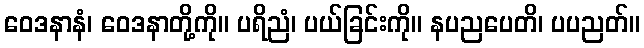
ဝေဒနာနံ၊ ဝေဒနာတို့ကို။ ပရိညံ၊ ပယ်ခြင်းကို။ နပညပေတိ၊ ပပညတ်။